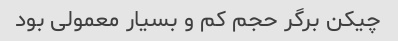
چیکن برگر حجم کم و بسیار معمولی بود